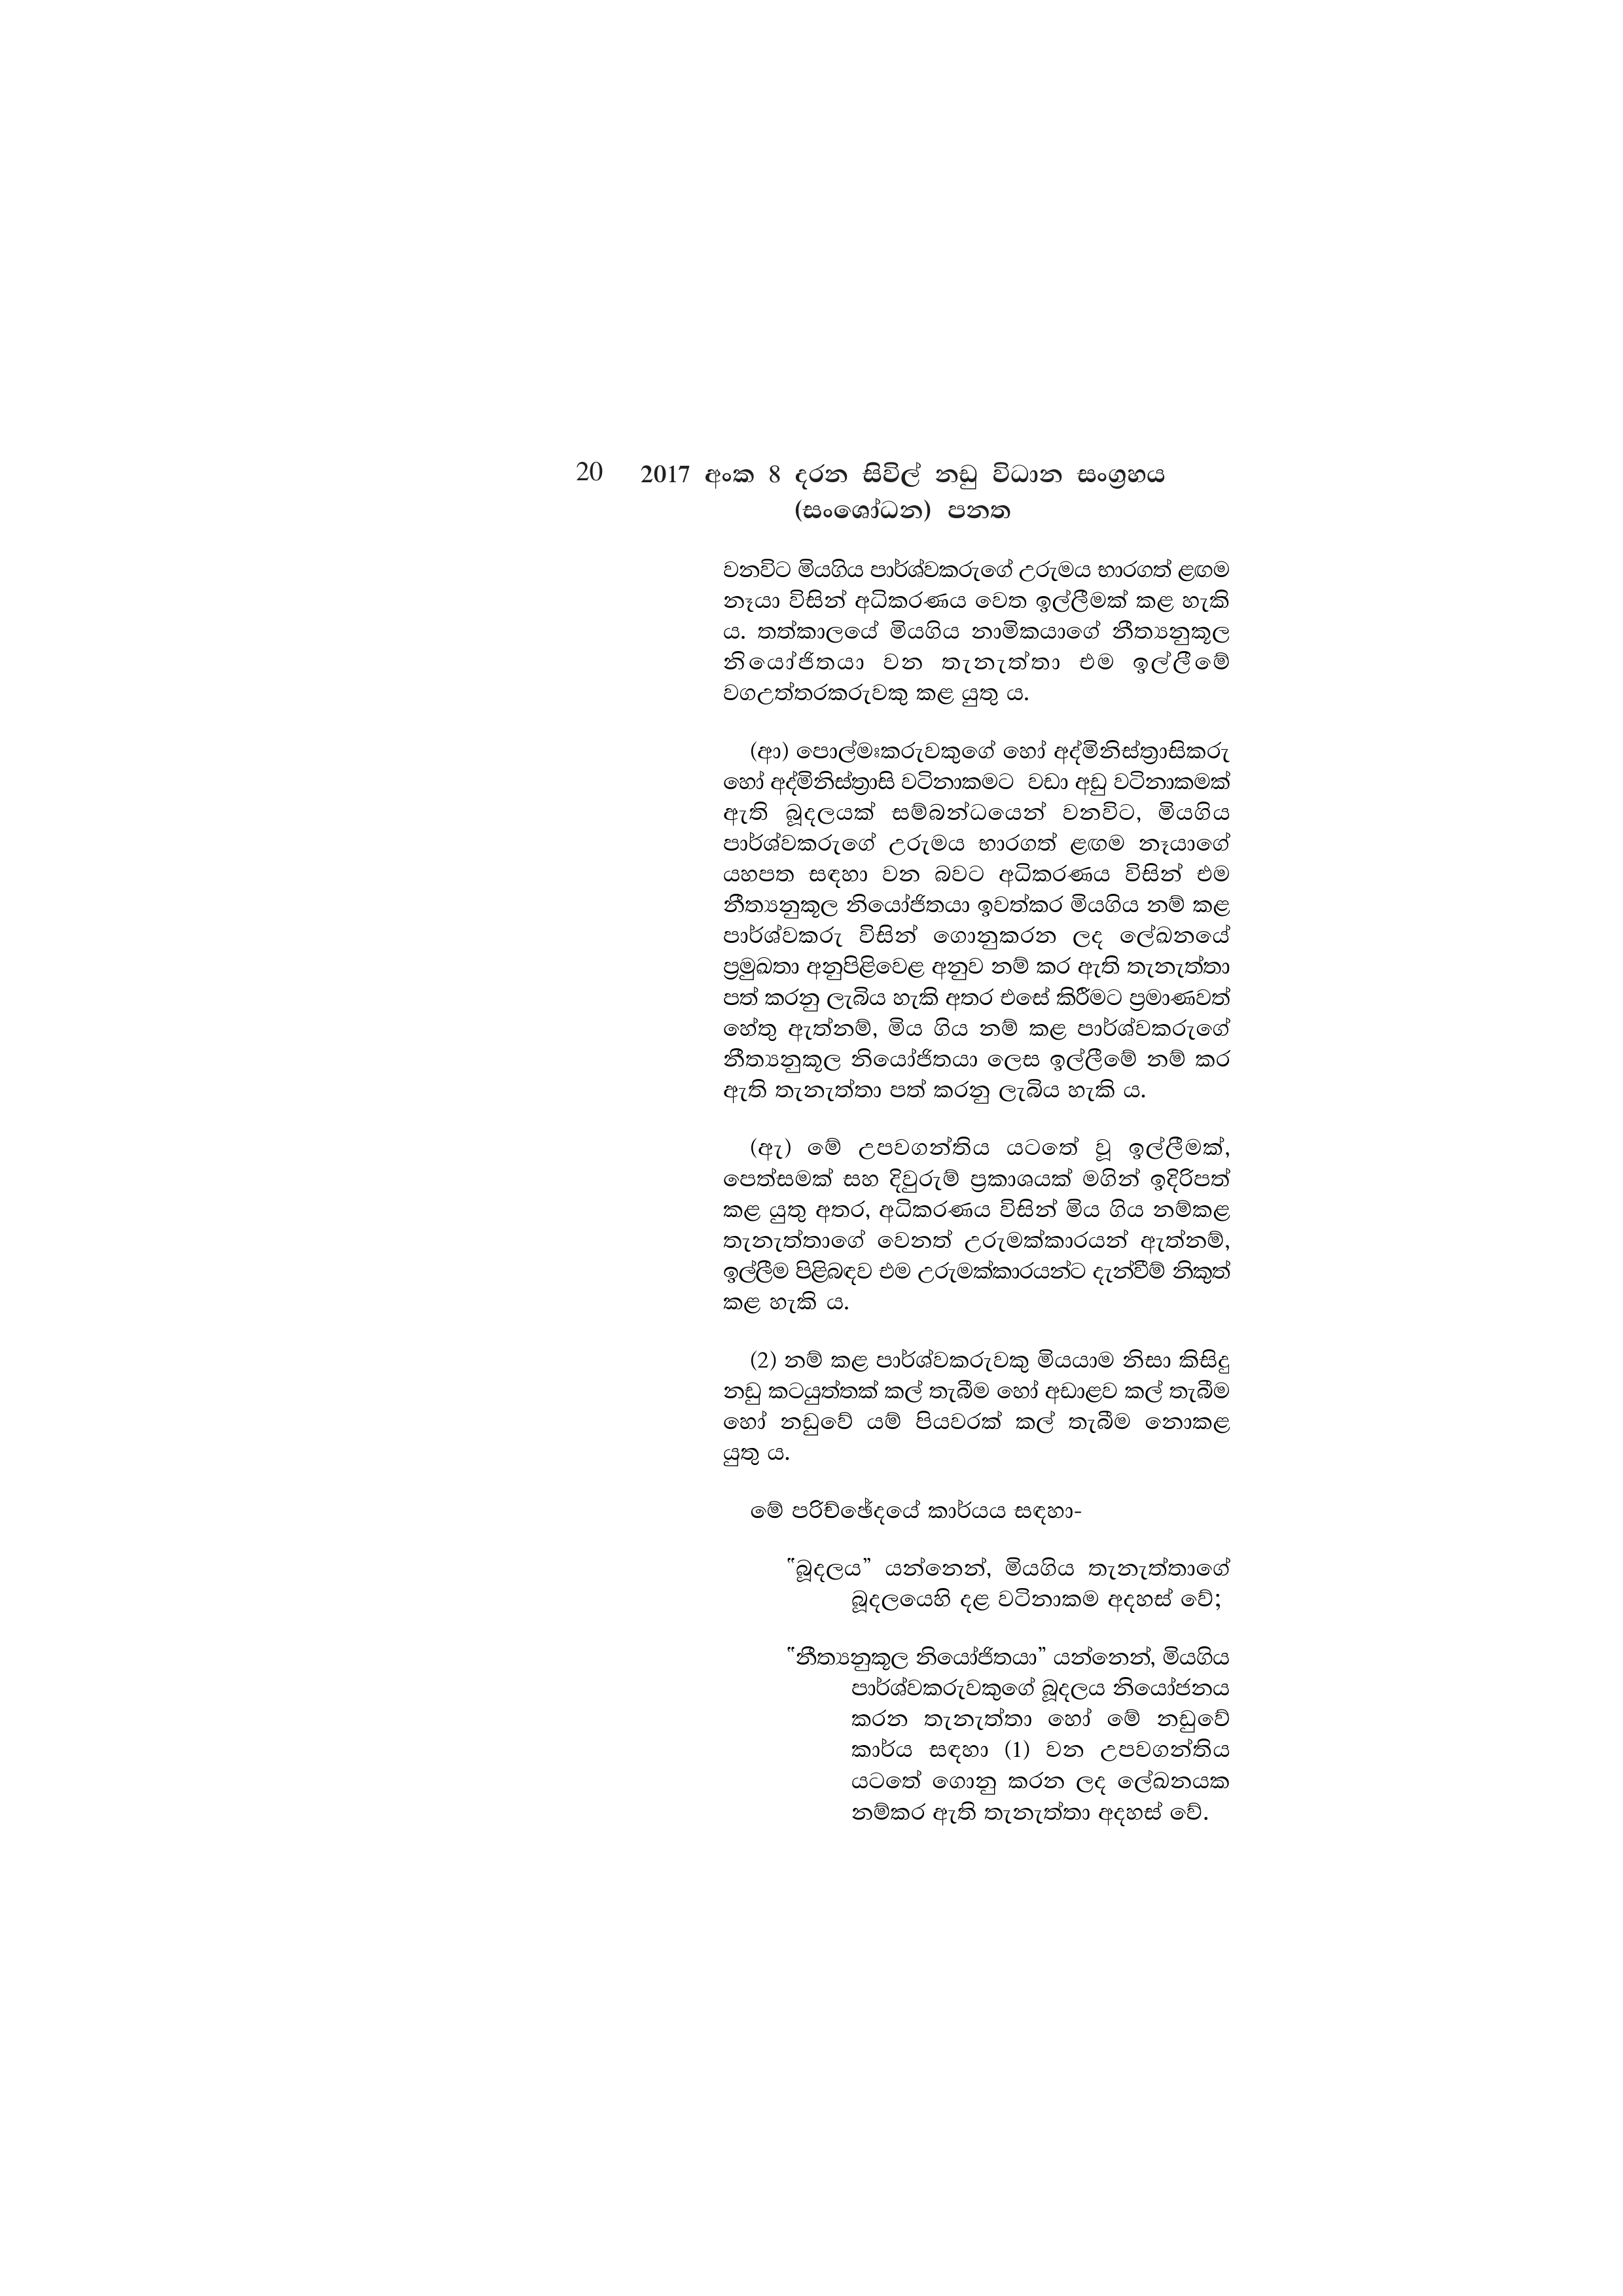
20 2017 අංක 8 දරන සිවිල් නඩු විධාන සංග්‍රහය
(සංශෝධන) පනත

වනවිට මියගිය පාර්ශ්වකරුගේ උරුමය භාරගත් ළඟම
නෑයා විසින් අධිකරණය වෙත ඉල්ලීමක් කළ හැකි
ය. තත්කාලයේ මියගිය නාමිකයාගේ නීත්‍යනුකූල
නියෝජිතයා වන තැනැත්තා එම ඉල්ලීමේ
වගඋත්තරකරුවකු කළ යුතු ය.

(ආ) පොල්මාකරුවකුගේ හෝ අද්මිනිස්ත්‍රාසිකරු
හෝ අද්මිනිස්ත්‍රාසි වටිනාකමට වඩා අඩු වටිනාකමක්
ඇති බූදලයක් සම්බන්ධයෙන් වනවිට, මියගිය
පාර්ශ්වකරුගේ උරුමය භාරගත් ළඟම නෑයාගේ
යහපත සඳහා වන බවට අධිකරණය විසින් එම
නීත්‍යනුකූල නියෝජිතයා ඉවත්කර මියගිය නම් කළ
පාර්ශ්වකරු විසින් ගොනුකරන ලද ලේඛනයේ
ප්‍රමුඛතා අනුපිළිවෙළ අනුව නම් කර ඇති තැනැත්තා
පත් කරනු ලැබිය හැකි අතර එසේ කිරීමට ප්‍රමාණවත්
හේතු ඇත්නම්, මිය ගිය නම් කළ පාර්ශ්වකරුගේ
නීත්‍යනුකූල නියෝජිතයා ලෙස ඉල්ලීමේ නම් කර
ඇති තැනැත්තා පත් කරනු ලැබිය හැකි ය.

(ඇ) මේ උපවගන්තිය යටතේ වූ ඉල්ලීමක්,
පෙත්සමක් සහ දිවුරුම් ප්‍රකාශයක් මගින් ඉදිරිපත්
කළ යුතු අතර, අධිකරණය විසින් මිය ගිය නම්කළ
තැනැත්තාගේ වෙනත් උරුමක්කාරයන් ඇත්නම්,
ඉල්ලීම පිළිබඳව එම උරුමක්කාරයන්ට දැන්වීම් නිකුත්
කළ හැකි ය.

(2) නම් කළ පාර්ශ්වකරුවකු මියයාම නිසා කිසිදු
නඩු කටයුත්තක් කල් තැබීම හෝ අඩාළව කල් තැබීම
හෝ නඩුවේ යම් පියවරක් කල් තැබීම නොකළ
යුතු ය.

මේ පරිච්ඡේදයේ කාර්යය සඳහා-

"බූදලය” යන්නෙන්, මියගිය තැනැත්තාගේ
බූදලයෙහි දළ වටිනාකම අදහස් වේ;

"නීත්‍යනුකූල නියෝජිතයා” යන්නෙන්, මියගිය
පාර්ශ්වකරුවකුගේ බූදලය නියෝජනය
කරන තැනැත්තා හෝ මේ නඩුවේ
කාර්ය සඳහා (1) වන උපවගන්තිය
යටතේ ගොනු කරන ලද ලේඛනයක
නම්කර ඇති තැනැත්තා අදහස් වේ.